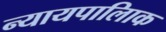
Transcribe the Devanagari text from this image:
न्यायपालिाक